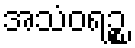
အသံဝရဉ္စ